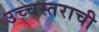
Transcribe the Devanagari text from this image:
उच्चस्तराची